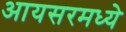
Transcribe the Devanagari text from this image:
आयसरमध्ये